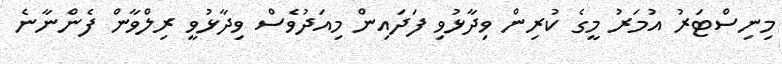
މިނިސްޓަރު އުމަރު މީގެ ކުރިން ވިދާޅުވި ފަދައިން މިއަދުވެސް ވިދާޅުވީ ރިލްވާން ފެންނާނެ